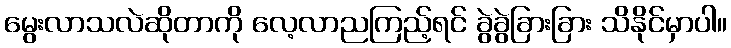
မွေးလာသလဲဆိုတာကို လေ့လာညကြည့်ရင် ခွဲခွဲခြားခြား သိနိုင်မှာပါ။